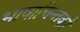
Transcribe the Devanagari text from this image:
भाषाचिन्तकों